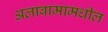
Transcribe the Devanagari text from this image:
अलाबामामधील